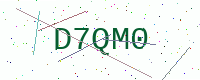
Text: D7QM0